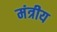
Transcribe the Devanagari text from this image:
मंत्रीय